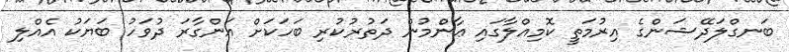
ބަނގްލަދޭޝަންގެ އިރުމަތީ ކޮމިއްލާގައި ޢާންމުން ދަތުރުކުރި ބަހަކަށް އަންގާރަ ދުވަހު ބަޔަކު އެއްލި